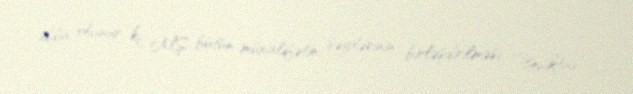
iddia olunur ki, MŞ bütün müxalifətin səylərinin birləşdirilməsi, ”Beşiktaş”